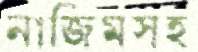
নাজিমসহ